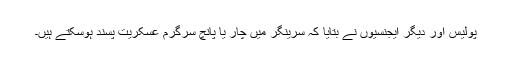
پولیس اور دیگر ایجنسیوں نے بتایا کہ سرینگر میں چار یا پانچ سرگرم عسکریت پسند ہوسکتے ہیں۔